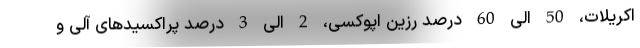
اکریلات، 50 الی 60 درصد رزین اپوکسی، 2 الی 3 درصد پراکسیدهای آلی و